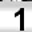
Digit: 1